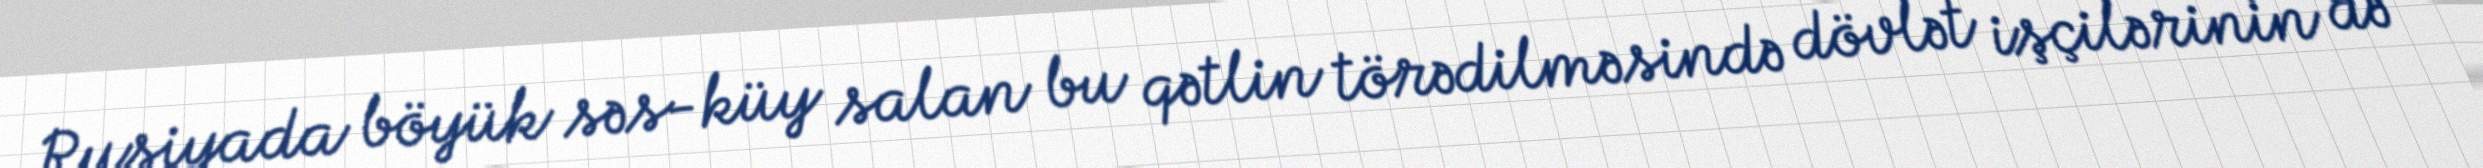
Rusiyada böyük səs-küy salan bu qətlin törədilməsində dövlət işçilərinin də